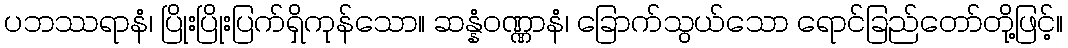
ပဘဿရာနံ၊ ပြိုးပြိုးပြက်ရှိကုန်သော။ ဆန္နံဝဏ္ဏာနံ၊ ခြောက်သွယ်သော ရောင်ခြည်တော်တို့ဖြင့်။